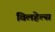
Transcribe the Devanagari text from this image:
विलहेल्स